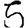
Digit: 5